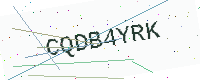
Text: CQDB4YRK